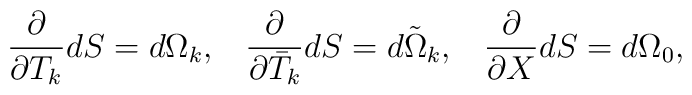
\frac{\partial }{\partial T_{k}}dS=d\Omega_{k},\;\;\;\frac{\partial }{\partial \bar{T}_{k}}dS=d\tilde{\Omega}_{k},\;\;\;\frac{\partial }{\partial X}dS=d\Omega_{0},